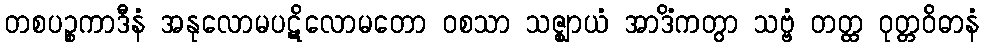
တစပဉ္စကာဒီနံ အနုလောမပဋိလောမတော ဝစသာ သဇ္ဈာယံ အာဒိံကတွာ သဗ္ဗံ တတ္ထ ဝုတ္တဝိဓာနံ